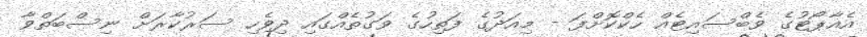
އެއާޕޯޓުގެ ވެބްސައިޓެއް ހެކްކޮށްފަ - މިއަދުގެ ފަތިހުގެ ވަގުތެއްގައި ދިވެހި ސަރުކާރަށް ނިސްބަތްވާ